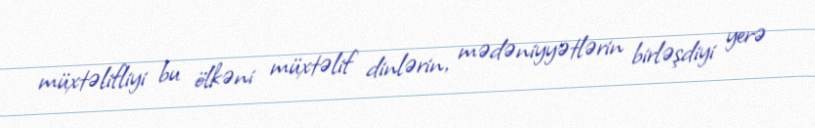
müxtəlifliyi bu ölkəni müxtəlif dinlərin, mədəniyyətlərin birləşdiyi yerə